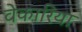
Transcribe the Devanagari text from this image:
वेकारिया